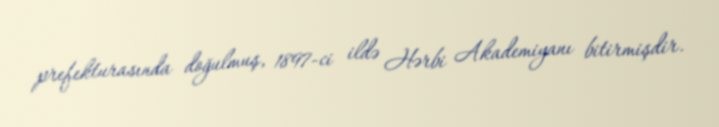
prefekturasında doğulmuş, 1897-ci ildə Hərbi Akademiyanı bitirmişdir.